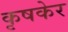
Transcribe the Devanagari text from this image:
कृषकेर